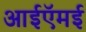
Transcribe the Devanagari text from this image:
आईऍमई